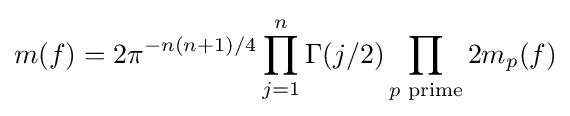
m(f)=2\pi ^{-n(n+1)/4}\prod _{j=1}^{n}\Gamma (j/2)\prod _{p{\text{ prime}}}2m_{p}(f)